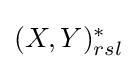
{\textstyle (X,Y)_{rsl}^{\ast }}